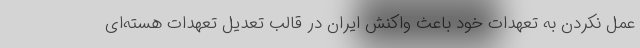
عمل نکردن به تعهدات خود باعث واکنش ایران در قالب تعدیل تعهدات هسته‌ای